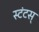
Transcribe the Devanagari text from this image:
स्टंटस्